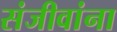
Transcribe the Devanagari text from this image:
संजीवांना